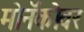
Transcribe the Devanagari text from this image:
मोनॅकोवर